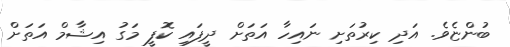
ބުންޏެވެ. އަދި ކިރުތަށި ނައިހާ އަތަށް ދީފައި ކޮފީ މަގު އިޝާމް އަތަށް